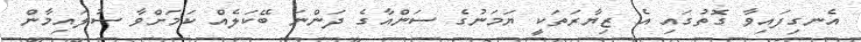
އެނގިފައިވާ ގޮތުގައި އެ ޒިޔާރަތަކީ ޔަމަނުގެ ސަންއާގެ ދަންނަ ބޭކަލެއް ކަމަށްވާ ސުލައިމާން